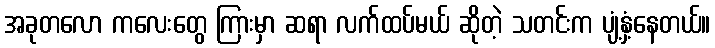
အခုတလော ကလေးတွေ ကြားမှာ ဆရာ လက်ထပ်မယ် ဆိုတဲ့ သတင်းက ပျံ့နှံ့နေတယ်။